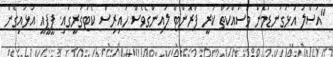
"އަސްލު އަޅުގަނޑުމެން މަސައްކަތް ކުރީ ފްރޮންޓް ލައިންގެވެސް ހައިރިސް ކެޓަގަރީގައި. ޕީޕީއީ އަޅައިގެން